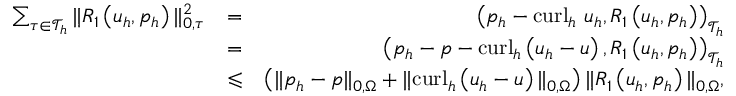
\begin{array} { r l r } { \sum _ { \tau \in \mathcal { T } _ { h } } \| R _ { 1 } \left( \boldsymbol { u } _ { h } , p _ { h } \right) \| _ { 0 , \tau } ^ { 2 } } & { = } & { \left( p _ { h } - \mathrm { c u r l } _ { h } ~ \boldsymbol { u } _ { h } , R _ { 1 } \left( \boldsymbol { u } _ { h } , p _ { h } \right) \right) _ { \mathcal { T } _ { h } } } \\ & { = } & { \left( p _ { h } - p - \mathrm { c u r l } _ { h } \left( \boldsymbol { u } _ { h } - \boldsymbol { u } \right) , R _ { 1 } \left( \boldsymbol { u } _ { h } , p _ { h } \right) \right) _ { \mathcal { T } _ { h } } } \\ & { \leqslant } & { \left( \| p _ { h } - p \| _ { 0 , \Omega } + \| \mathrm { c u r l } _ { h } \left( \boldsymbol { u } _ { h } - \boldsymbol { u } \right) \| _ { 0 , \Omega } \right) \| R _ { 1 } \left( \boldsymbol { u } _ { h } , p _ { h } \right) \| _ { 0 , \Omega } , } \end{array}